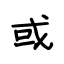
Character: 或